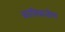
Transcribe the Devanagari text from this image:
कालिकातील